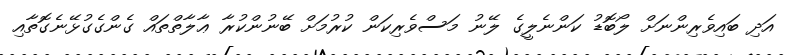
އަދި ބައިވެރިންނަށް ލޯބޮޑު ކަންނެލީގެ ލޭނު މަސްވެރިކަން ކުރުމަށް ބޭނުންކުރާ ޢާލާތްތައް ގެންގެގުޅޭނެގޮތާއި